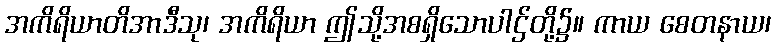
အကိရိယာတိအာဒီသု၊ အကိရိယာ ဤသို့အစရှိသောပါဌ်တို့၌။ ကာယ စေတနာယ၊